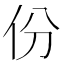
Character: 份